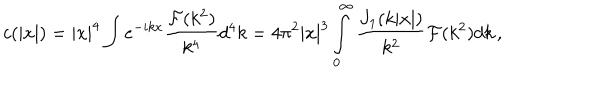
c ( | x | ) = | x | ^ { 4 } \int e ^ { - i k x } \frac { { \cal F } ( k ^ { 2 } ) } { k ^ { 4 } } d ^ { 4 } k = 4 \pi ^ { 2 } | x | ^ { 3 } \int _ { 0 } ^ { \infty } \frac { J _ { 1 } ( k | x | ) } { k ^ { 2 } } { \cal F } ( k ^ { 2 } ) d k \, ,